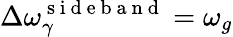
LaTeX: \Delta\omega_{\gamma}^{\mathrm{~s~i~d~e~b~a~n~d~}}=\omega_{g}